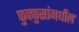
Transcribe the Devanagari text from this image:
फुफ्फुसांमधील